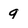
Character: g